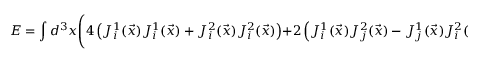
E = \int d ^ { 3 } x \Biggl ( 4 \left( J _ { i } ^ { 1 } ( \vec { x } ) J _ { i } ^ { 1 } ( \vec { x } ) + J _ { i } ^ { 2 } ( \vec { x } ) J _ { i } ^ { 2 } ( \vec { x } ) \right) + 2 \left( J _ { i } ^ { 1 } ( \vec { x } ) J _ { j } ^ { 2 } ( \vec { x } ) - J _ { j } ^ { 1 } ( \vec { x } ) J _ { i } ^ { 2 } ( \vec { x } ) \right) ^ { 2 } \Biggr )